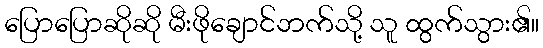
ပြောပြောဆိုဆို မီးဖိုချောင်ဘက်သို့ သူ ထွက်သွား၏။